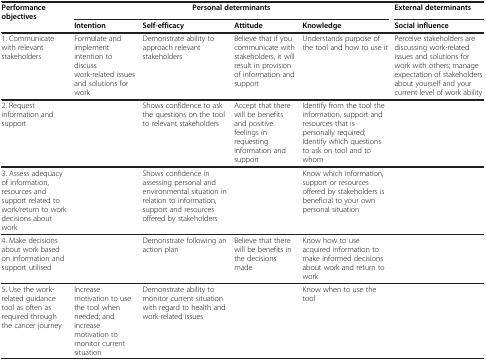
<table><thead><tr><td><b>Performance objectives</b></td><td colspan="4"><b>Personal determinants</b></td><td><b>External determinants</b></td></tr></thead><tbody><tr><td> </td><td><b>Intention</b></td><td><b>Self-efficacy</b></td><td><b>Attitude</b></td><td><b>Knowledge</b></td><td><b>Social influence</b></td></tr><tr><td>1. Communicate with relevant stakeholders</td><td>Formulate and implement intention to discuss work-related issues and solutions for work</td><td>Demonstrate ability to approach relevant stakeholders</td><td>Believe that if you communicate with stakeholders, it will result in provision of information and support</td><td>Understands purpose of the tool and how to use it</td><td>Perceive stakeholders are discussing work-related issues and solutions for work with others; manage expectation of stakeholders about yourself and your current level of work ability</td></tr><tr><td>2. Request information and support</td><td> </td><td>Shows confidence to ask the questions on the tool to relevant stakeholders</td><td>Accept that there will be benefits and positive feelings in requesting information and support</td><td>Identify from the tool the information, support and resources that is personally required; Identify which questions to ask on tool and to whom</td><td> </td></tr><tr><td>3. Assess adequacy of information, resources and support related to work/return to work decisions about work</td><td> </td><td>Shows confidence in assessing personal and environmental situation in relation to information, support and resources offered by stakeholders</td><td> </td><td>Know which information, support or resources offered by stakeholders is beneficial to your own personal situation</td><td> </td></tr><tr><td>4. Make decisions about work based on information and support utilised</td><td> </td><td>Demonstrate following an action plan</td><td>Believe that there will be benefits in the decisions made</td><td>Know how to use acquired information to make informed decisions about work and return to work</td><td> </td></tr><tr><td>5. Use the work-related guidance tool as often as required through the cancer journey</td><td>Increase motivation to use the tool when needed; and increase motivation to monitor current situation</td><td>Demonstrate ability to monitor current situation with regard to health and work-related issues</td><td> </td><td>Know when to use the tool</td><td> </td></tr></tbody></table>